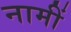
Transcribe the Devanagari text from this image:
नामीं